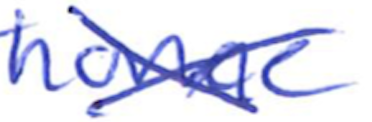
Text: home
Cross-out: mix
Writing tool: ballpoint